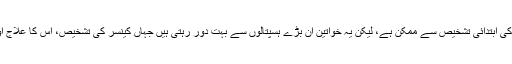
بریسٹ کینسر کا بچاؤ اس کی ابتدائی تشخیص سے ممکن ہے، لیکن یہ خواتین ان بڑے ہسپتالوں سے بہت دُور رہتی ہیں جہاں کینسر کی تشخیص، اس کا علاج اور آگاہی دستیاب ہوتی ہے۔